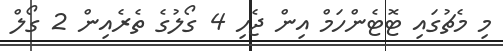
މި މެޗުގައި ޓޮޓެންހަމް އިން ޖެހި 4 ގޯލުގެ ތެރެއިން 2 ގޯލް